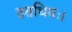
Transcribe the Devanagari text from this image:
हतधियः।